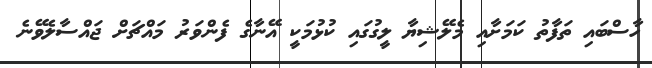
ހާސްބައި ތަފާތު ކަމަށާއި މެލޭޝިޔާ ލީގުގައި ކުޅުމަކީ އޭނާގެ ފެންވަރު މައްޗަށް ޖައްސާލެވޭނެ